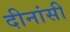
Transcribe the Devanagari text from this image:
दीनांसी